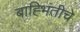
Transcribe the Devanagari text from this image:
बाह्भिंतीचे